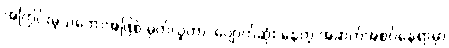
အကြွင်းမဲ့သဘောအဖြစ် မှတ်ယူတာ၊ ပျောက်ဆုံး နေတဲ့ အဆက်အစပ်နေရာမှာ